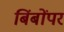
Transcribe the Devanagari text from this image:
बिंबोंपर